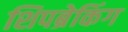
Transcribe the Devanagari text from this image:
शिपब्रेकिंग